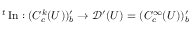
{ } ^ { t } \operatorname { I n } : ( C _ { c } ^ { k } ( U ) ) _ { b } ^ { \prime } \to { \mathcal { D } } ^ { \prime } ( U ) = ( C _ { c } ^ { \infty } ( U ) ) _ { b } ^ { \prime }